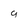
Character: 9